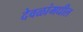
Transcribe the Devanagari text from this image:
देवळांमधील